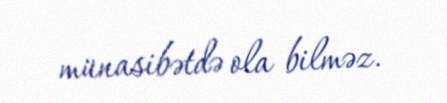
münasibətdə ola bilməz.